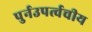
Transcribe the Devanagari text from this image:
पुर्नउपर्त्वचीय